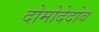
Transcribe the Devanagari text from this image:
दोमोदेदोव